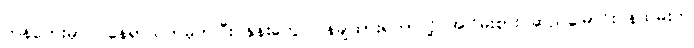
ကန်ဘေးမှာပဲ နေရာသတ်မှတ်ပြီး နုန်းတွေ ပြန်ချထားရတာလို့ အငြိမ်းစား ဆည်မြောင်းဝန်ထမ်းက